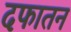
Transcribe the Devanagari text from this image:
दफातन